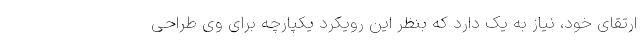
ارتقای خود، نیاز به یک دارد که بنظر این رویکرد یکپارچه برای وی طراحی